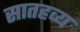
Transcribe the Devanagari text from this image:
सातहव्य